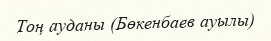
Тоң ауданы (Бөкенбаев ауылы)